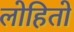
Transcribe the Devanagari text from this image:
लोहितो